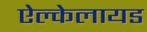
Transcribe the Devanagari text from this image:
ऐल्केलायड